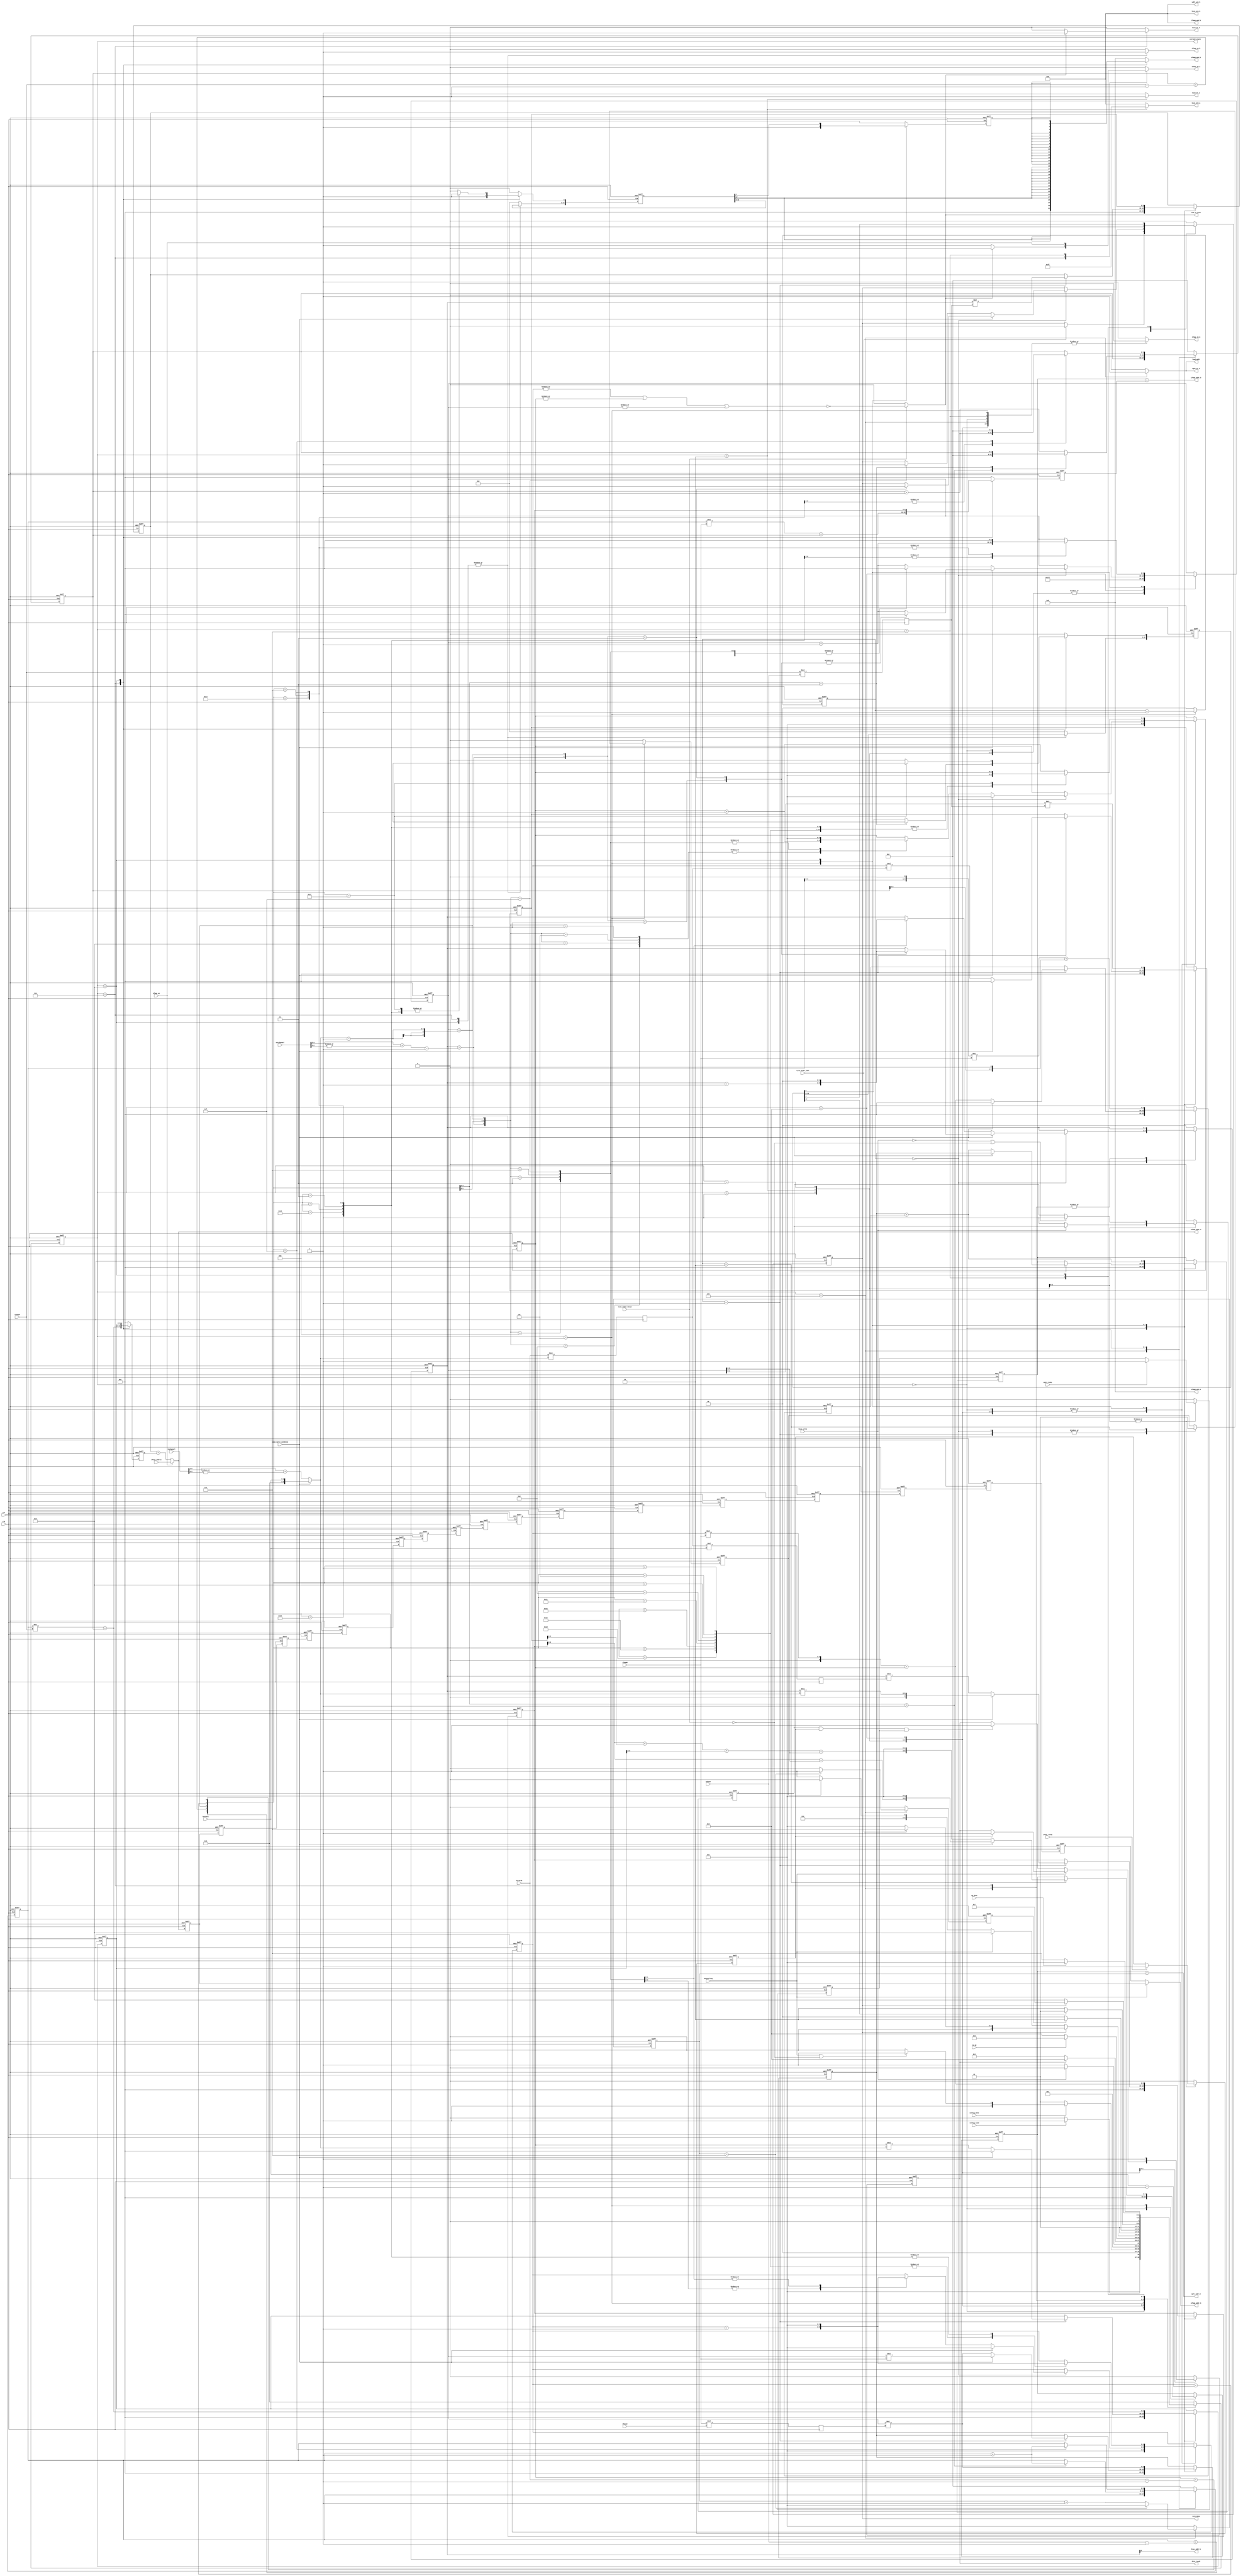
`timescale 1ns / 1ps
//////////////////////////////////////////////////////////////////////////////////
// Company: 
// Engineer: 
// 
// Design Name: 
// Module Name: main_ctrl
// Project Name: 
// Target Devices: 
// Tool Versions: 
// Description: 
// 
// Dependencies: 
// 
// Revision:
// Revision 0.01 - File Created
// Additional Comments:
// 
//////////////////////////////////////////////////////////////////////////////////


module main_ctrl(clk, rst, config_load, config_done, ifmap_ready, wght_ready, op_go, op_done, bias_write,
                 psum_split_condense, maxpooling, tile_order_first, tile_order_last,
                 ifmapR, ifmapC, ofmapR, ofmapC, kernelR, kernelC, inchannel, outchannel,
                 load_wght, data_ready, sum_in_bias, tile_done, current_state,
                 ofmap_en, ofmap_addrin,
                 ifmap_en_b, wght_en_b, ofmap_en_a, ofmap_en_b, bias_en_a, bias_en_b,
                 bias_addr_b, ifmap_addr_b, wght_addr_b, ofmap_addr_a, ofmap_addr_b,
                 ifmap_wen_b, wght_wen_b, ofmap_wen_a, ofmap_wen_b, bias_wen_a, bias_wen_b);

parameter wd=8;
parameter idle=4'd0, load_tile_config=4'd1, load_data_b=4'd2, load_data=4'd3, PE_shift_wght=4'd4, slice_check=4'd5, MAC_op=4'd6, offload_ofmap=4'd7, ready_go=4'd8, pooling=4'd9;


input clk,rst, config_load, config_done, ifmap_ready, wght_ready, op_go, op_done, bias_write;
// tile config
input psum_split_condense,maxpooling,tile_order_first,tile_order_last;
input [5:0] ifmapR,ifmapC,ofmapR,ofmapC;
input [2:0] kernelR,kernelC;
input [9:0] inchannel;
input [4:0] outchannel;

output load_wght,data_ready,sum_in_bias,tile_done;
reg load_wght,data_ready,tile_done;
output [3:0] current_state;
reg [3:0] current_state, next_state;

reg ifmap_loaded, wght_loaded, bias_loaded, wght_shift_done, check_done;
wire slice_done,ofmap_write;
reg [1:0] substate_slccheck;
reg [2:0] Kridx,Kcidx;
reg [5:0] Oridx,Ocidx;
reg [9:0] Psplitidx;
reg [1:0] Ochidx;
wire [9:0] n_psum_slices,npslccon,npslcinch;
wire [1:0] outchsplit;
wire [5:0] Orref,Ocref;
wire [2:0] Krref,Kcref;
wire [1:0] Ochref,ofmap_order_ovf;
wire [9:0] Psplitref;
wire [3:0] slice_order_ovf;
reg [9:0] slc_ifmap_addr_base,slc_ifmap_addr_mv,slc_iaddrb_ps,slc_iaddrb_kc;
wire [9:0] slc_ofmap_addr_sumin;
reg [9:0] slc_ofmap_addr_base,slc_ofmap_addr_mv;
reg [9:0] slc_wght_addr_base,slc_waddrb_out,slc_waddrb_kc,slc_waddrb_kr;
reg [2:0] slc_wght_addr_mv;

reg [9:0] i2dsize,krichsize,k2dichsize;
reg [9:0] o2dsize;

reg poolwrite;
wire [4:0] pool_order_ovf;

// BRAM ctrl & IO
input ofmap_en;
input [9:0] ofmap_addrin;
output ifmap_en_b,wght_en_b,ofmap_en_a,ofmap_en_b,bias_en_a,bias_en_b;
reg ifmap_en_b,wght_en_b,ofmap_en_a,ofmap_en_b,bias_en_a,bias_en_b;
output bias_addr_b;
output [9:0] ifmap_addr_b;
output [9:0] wght_addr_b;
output [9:0] ofmap_addr_a,ofmap_addr_b;
output [7:0] ifmap_wen_b,wght_wen_b,bias_wen_a,bias_wen_b;
reg [7:0] ifmap_wen_b,wght_wen_b,bias_wen_a,bias_wen_b;
output [15:0] ofmap_wen_a,ofmap_wen_b;
reg [15:0] ofmap_wen_a,ofmap_wen_b;

// ofmap buffer addr delay
reg [9:0] ofbufD0,ofbufD1,ofbufD2,ofbufD3,ofbufD4,ofbufD5,ofbufD6,ofbufD7,ofbufD8,ofbufD9,ofbufDa,ofbufDb,ofbufDc,ofbufDd,ofbufDe,ofbufDf,ofbufDg,ofbufDh;
reg [17:0] ofbufshift_wen,ofbufshift_done;

// tile config calculation
//                                                           ffffffffffffffff    iiii                      
//                                                          f::::::::::::::::f  i::::i                     
//                                                         f::::::::::::::::::f  iiii                      
//                                                         f::::::fffffff:::::f                            
//     cccccccccccccccc   ooooooooooo   nnnn  nnnnnnnn     f:::::f       ffffffiiiiiii    ggggggggg   ggggg
//   cc:::::::::::::::c oo:::::::::::oo n:::nn::::::::nn   f:::::f             i:::::i   g:::::::::ggg::::g
//  c:::::::::::::::::co:::::::::::::::on::::::::::::::nn f:::::::ffffff        i::::i  g:::::::::::::::::g
// c:::::::cccccc:::::co:::::ooooo:::::onn:::::::::::::::nf::::::::::::f        i::::i g::::::ggggg::::::gg
// c::::::c     ccccccco::::o     o::::o  n:::::nnnn:::::nf::::::::::::f        i::::i g:::::g     g:::::g 
// c:::::c             o::::o     o::::o  n::::n    n::::nf:::::::ffffff        i::::i g:::::g     g:::::g 
// c:::::c             o::::o     o::::o  n::::n    n::::n f:::::f              i::::i g:::::g     g:::::g 
// c::::::c     ccccccco::::o     o::::o  n::::n    n::::n f:::::f              i::::i g::::::g    g:::::g 
// c:::::::cccccc:::::co:::::ooooo:::::o  n::::n    n::::nf:::::::f            i::::::ig:::::::ggggg:::::g 
//  c:::::::::::::::::co:::::::::::::::o  n::::n    n::::nf:::::::f            i::::::i g::::::::::::::::g 
//   cc:::::::::::::::c oo:::::::::::oo   n::::n    n::::nf:::::::f            i::::::i  gg::::::::::::::g 
//     cccccccccccccccc   ooooooooooo     nnnnnn    nnnnnnfffffffff            iiiiiiii    gggggggg::::::g 
//                                                                                                 g:::::g 
//                                                                                     gggggg      g:::::g 
//                                                                                     g:::::gg   gg:::::g 
//                                                                                      g::::::ggg:::::::g 
//                                                                                       gg:::::::::::::g  
//                                                                                         ggg::::::ggg    
//                                                                                            gggggg       

assign npslccon={7'd0,kernelC};
assign npslcinch={3'd0, inchannel[9:3] + ( |inchannel[2:0] ) };
assign n_psum_slices=psum_split_condense ? npslccon : npslcinch;
assign outchsplit=outchannel[4:3] + ( |outchannel[2:0] );
assign Orref=ofmapR-1'b1;
assign Ocref=ofmapC-1'b1;
assign Krref=kernelR-1'b1;
assign Kcref=kernelC-1'b1;
assign Ochref=outchsplit-1'b1;
assign Psplitref=n_psum_slices-1'b1;
assign slice_order_ovf={Ochidx==Ochref, Kcidx==Kcref, Kridx==Krref, Psplitidx==Psplitref};
assign ofmap_order_ovf={Ocidx==Ocref, Oridx==Orref};
assign pool_order_ovf={ofmap_order_ovf,slice_order_ovf[0],slice_order_ovf[2:1]};

assign sum_in_bias = tile_order_first ? ~((|Kcidx) | (|Kridx) | (|Psplitidx)) : 1'b0;
assign ifmap_addr_b=slc_ifmap_addr_base+slc_ifmap_addr_mv;
assign wght_addr_b=slc_wght_addr_base+slc_wght_addr_mv;
assign bias_addr_b=Ochidx[0];
assign slc_ofmap_addr_sumin=slc_ofmap_addr_base+slc_ofmap_addr_mv;
assign ofmap_addr_a = ofmap_en ? ofmap_addrin : slc_ofmap_addr_sumin;
assign ofmap_addr_b = maxpooling ? ofbufD0 : ofbufDh;

assign ofmap_write=ofbufshift_wen[17];
assign slice_done=ofbufshift_done[17];

// address gen pipline
always @(posedge clk) 
begin
    o2dsize<=ofmapR*ofmapC;
    i2dsize<=ifmapR*ifmapC;
    krichsize<=kernelR*n_psum_slices;
    k2dichsize<=krichsize*kernelC;
end


// FFFFFFFFFFFFFFFFFFFFFF   SSSSSSSSSSSSSSS MMMMMMMM               MMMMMMMM
// F::::::::::::::::::::F SS:::::::::::::::SM:::::::M             M:::::::M
// F::::::::::::::::::::FS:::::SSSSSS::::::SM::::::::M           M::::::::M
// FF::::::FFFFFFFFF::::FS:::::S     SSSSSSSM:::::::::M         M:::::::::M
//   F:::::F       FFFFFFS:::::S            M::::::::::M       M::::::::::M
//   F:::::F             S:::::S            M:::::::::::M     M:::::::::::M
//   F::::::FFFFFFFFFF    S::::SSSS         M:::::::M::::M   M::::M:::::::M
//   F:::::::::::::::F     SS::::::SSSSS    M::::::M M::::M M::::M M::::::M
//   F:::::::::::::::F       SSS::::::::SS  M::::::M  M::::M::::M  M::::::M
//   F::::::FFFFFFFFFF          SSSSSS::::S M::::::M   M:::::::M   M::::::M
//   F:::::F                         S:::::SM::::::M    M:::::M    M::::::M
//   F:::::F                         S:::::SM::::::M     MMMMM     M::::::M
// FF:::::::FF           SSSSSSS     S:::::SM::::::M               M::::::M
// F::::::::FF           S::::::SSSSSS:::::SM::::::M               M::::::M
// F::::::::FF           S:::::::::::::::SS M::::::M               M::::::M
// FFFFFFFFFFF            SSSSSSSSSSSSSSS   MMMMMMMM               MMMMMMMM
                                                                        
always @(posedge clk or posedge rst) 
begin
    if (rst) 
        current_state <= idle; 
    else 
        current_state <= next_state; 
end

always @(current_state or config_load or config_done or bias_write or data_ready or op_go or tile_done or check_done or wght_shift_done or slice_done or op_done or maxpooling or tile_order_first or tile_order_last) 
begin
    case (current_state)
        idle: 
        begin
            if (config_load) 
                next_state=load_tile_config;
            else 
                next_state=idle;
        end
        load_tile_config:
        begin
            if (config_done) 
            begin
                if (maxpooling || !tile_order_first) 
                    next_state=load_data; 
                else
                    next_state=load_data_b; 
            end
            else 
                next_state=load_tile_config;
        end
        load_data_b:
        begin
            if (bias_write) 
                next_state=load_data_b;
            else 
                next_state=load_data;
        end
        load_data:
        begin
            if (data_ready) 
                next_state=ready_go;
            else 
                next_state=load_data;
        end
        ready_go:
        begin
            if (op_go) 
                next_state=slice_check;
            else
                next_state=ready_go;
        end
        slice_check:
        begin
            if (tile_done) begin
                if (tile_order_last)
                    next_state=offload_ofmap;
                else
                    next_state=idle;
            end else begin
                if (maxpooling) 
                    next_state=pooling;
                else 
                begin
                    if (check_done) 
                        next_state=PE_shift_wght;
                    else 
                        next_state=slice_check;
                end
            end
        end
        PE_shift_wght:
        begin
            if (wght_shift_done) 
                next_state=MAC_op;
            else 
                next_state=PE_shift_wght;
        end
        MAC_op:
        begin
            if (slice_done) 
                next_state=slice_check;
            else 
                next_state=MAC_op;
        end
        offload_ofmap:
        begin
            if (op_done) 
                next_state=idle;
            else 
                next_state=offload_ofmap;
        end
        pooling:
        begin
            if (tile_done) 
                next_state=offload_ofmap;
            else
                next_state=pooling;
        end
        default: 
            next_state=idle;
    endcase
end

// combinational output
//                                                             bbbbbbbb                                                                                                                                                  
//                                                             b::::::b              iiii                                             tttt            iiii                                                       lllllll 
//                                                             b::::::b             i::::i                                         ttt:::t           i::::i                                                      l:::::l 
//                                                             b::::::b              iiii                                          t:::::t            iiii                                                       l:::::l 
//                                                              b:::::b                                                            t:::::t                                                                       l:::::l 
//     cccccccccccccccc   ooooooooooo      mmmmmmm    mmmmmmm   b:::::bbbbbbbbb    iiiiiiinnnn  nnnnnnnn      aaaaaaaaaaaaa  ttttttt:::::ttttttt    iiiiiii    ooooooooooo   nnnn  nnnnnnnn      aaaaaaaaaaaaa    l::::l 
//   cc:::::::::::::::c oo:::::::::::oo  mm:::::::m  m:::::::mm b::::::::::::::bb  i:::::in:::nn::::::::nn    a::::::::::::a t:::::::::::::::::t    i:::::i  oo:::::::::::oo n:::nn::::::::nn    a::::::::::::a   l::::l 
//  c:::::::::::::::::co:::::::::::::::om::::::::::mm::::::::::mb::::::::::::::::b  i::::in::::::::::::::nn   aaaaaaaaa:::::at:::::::::::::::::t     i::::i o:::::::::::::::on::::::::::::::nn   aaaaaaaaa:::::a  l::::l 
// c:::::::cccccc:::::co:::::ooooo:::::om::::::::::::::::::::::mb:::::bbbbb:::::::b i::::inn:::::::::::::::n           a::::atttttt:::::::tttttt     i::::i o:::::ooooo:::::onn:::::::::::::::n           a::::a  l::::l 
// c::::::c     ccccccco::::o     o::::om:::::mmm::::::mmm:::::mb:::::b    b::::::b i::::i  n:::::nnnn:::::n    aaaaaaa:::::a      t:::::t           i::::i o::::o     o::::o  n:::::nnnn:::::n    aaaaaaa:::::a  l::::l 
// c:::::c             o::::o     o::::om::::m   m::::m   m::::mb:::::b     b:::::b i::::i  n::::n    n::::n  aa::::::::::::a      t:::::t           i::::i o::::o     o::::o  n::::n    n::::n  aa::::::::::::a  l::::l 
// c:::::c             o::::o     o::::om::::m   m::::m   m::::mb:::::b     b:::::b i::::i  n::::n    n::::n a::::aaaa::::::a      t:::::t           i::::i o::::o     o::::o  n::::n    n::::n a::::aaaa::::::a  l::::l 
// c::::::c     ccccccco::::o     o::::om::::m   m::::m   m::::mb:::::b     b:::::b i::::i  n::::n    n::::na::::a    a:::::a      t:::::t    tttttt i::::i o::::o     o::::o  n::::n    n::::na::::a    a:::::a  l::::l 
// c:::::::cccccc:::::co:::::ooooo:::::om::::m   m::::m   m::::mb:::::bbbbbb::::::bi::::::i n::::n    n::::na::::a    a:::::a      t::::::tttt:::::ti::::::io:::::ooooo:::::o  n::::n    n::::na::::a    a:::::a l::::::l
//  c:::::::::::::::::co:::::::::::::::om::::m   m::::m   m::::mb::::::::::::::::b i::::::i n::::n    n::::na:::::aaaa::::::a      tt::::::::::::::ti::::::io:::::::::::::::o  n::::n    n::::na:::::aaaa::::::a l::::::l
//   cc:::::::::::::::c oo:::::::::::oo m::::m   m::::m   m::::mb:::::::::::::::b  i::::::i n::::n    n::::n a::::::::::aa:::a       tt:::::::::::tti::::::i oo:::::::::::oo   n::::n    n::::n a::::::::::aa:::al::::::l
//     cccccccccccccccc   ooooooooooo   mmmmmm   mmmmmm   mmmmmmbbbbbbbbbbbbbbbb   iiiiiiii nnnnnn    nnnnnn  aaaaaaaaaa  aaaa         ttttttttttt  iiiiiiii   ooooooooooo     nnnnnn    nnnnnn  aaaaaaaaaa  aaaallllllll

always @(current_state or ofmap_write or sum_in_bias or ofmap_en or poolwrite) 
begin
    ifmap_wen_b={8{1'b0}};
    wght_wen_b={8{1'b0}};
    bias_wen_b={8{1'b0}};
    ofmap_wen_a={16{1'b0}};

    case (current_state)
        idle: 
        begin
            bias_en_a=1'b0;
            bias_wen_a={8{1'b0}};
            load_wght=1'b0;
            wght_en_b=1'b0;
            bias_en_b=1'b0;
            ifmap_en_b=1'b0;
            ofmap_en_a=1'b0;
            ofmap_en_b=1'b0;
            ofmap_wen_b={16{1'b0}};
        end
        load_tile_config:
        begin
            bias_en_a=1'b0;
            bias_wen_a={8{1'b0}};
            load_wght=1'b0;
            wght_en_b=1'b0;
            bias_en_b=1'b0;
            ifmap_en_b=1'b0;
            ofmap_en_a=1'b0;
            ofmap_en_b=1'b0;
            ofmap_wen_b={16{1'b0}};

        end
        load_data_b:
        begin
            load_wght=1'b0;
            wght_en_b=1'b0;
            bias_en_b=1'b0;
            ifmap_en_b=1'b0;
            ofmap_en_a=1'b0;
            ofmap_en_b=1'b0;
            ofmap_wen_b={16{1'b0}};
            bias_en_a=1'b1;
            bias_wen_a={8{1'b1}};
        end
        load_data:
        begin
            bias_en_a=1'b0;
            bias_wen_a={8{1'b0}};
            load_wght=1'b0;
            wght_en_b=1'b0;
            bias_en_b=1'b0;
            ifmap_en_b=1'b0;
            ofmap_en_a=1'b0;
            ofmap_en_b=1'b0;
            ofmap_wen_b={16{1'b0}};
        end
        ready_go:
        begin
            bias_en_a=1'b0;
            bias_wen_a={8{1'b0}};
            load_wght=1'b0;
            wght_en_b=1'b0;
            bias_en_b=1'b0;
            ifmap_en_b=1'b0;
            ofmap_en_a=1'b0;
            ofmap_en_b=1'b0;
            ofmap_wen_b={16{1'b0}};
        end
        slice_check:
        begin
            bias_en_a=1'b0;
            bias_wen_a={8{1'b0}};
            load_wght=1'b0;
            wght_en_b=1'b0;
            bias_en_b=1'b0;
            ifmap_en_b=1'b0;
            ofmap_en_a=1'b0;
            ofmap_en_b=1'b0;
            ofmap_wen_b={16{1'b0}};
        end
        PE_shift_wght:
        begin
            bias_en_a=1'b0;
            bias_wen_a={8{1'b0}};
            load_wght=1'b1;
            wght_en_b=1'b1;
            bias_en_b=1'b0;
            ifmap_en_b=1'b0;
            ofmap_en_a=1'b0;
            ofmap_en_b=1'b0;
            ofmap_wen_b={16{1'b0}};
        end
        MAC_op:
        begin
            bias_en_a=1'b0;
            bias_wen_a={8{1'b0}};
            load_wght=1'b0;
            wght_en_b=1'b0;
            ifmap_en_b=1'b1;
            ofmap_en_b=1'b1;
            ofmap_wen_b={16{ofmap_write}};
            if (sum_in_bias) 
            begin
                bias_en_b=1'b1;
                ofmap_en_a=1'b0;
            end 
            else 
            begin
                bias_en_b=1'b0;
                ofmap_en_a=1'b1;
            end
        end
        offload_ofmap:
        begin
            bias_en_a=1'b0;
            bias_wen_a={8{1'b0}};
            load_wght=1'b0;
            wght_en_b=1'b0;
            bias_en_b=1'b0;
            ifmap_en_b=1'b0;
            ofmap_en_a=ofmap_en;
            ofmap_en_b=1'b0;
            ofmap_wen_b={16{1'b0}};
        end
        pooling:
        begin
            bias_en_a=1'b0;
            bias_wen_a={8{1'b0}};
            load_wght=1'b0;
            wght_en_b=1'b0;
            bias_en_b=1'b0;
            ifmap_en_b=1'b1;
            ofmap_en_a=1'b0;
            ofmap_en_b=1'b1;
            ofmap_wen_b={16{poolwrite}};
        end
        default: 
        begin
            bias_en_a=1'b0;
            bias_wen_a={8{1'b0}};
            load_wght=1'b0;
            wght_en_b=1'b0;
            bias_en_b=1'b0;
            ifmap_en_b=1'b1;
            ofmap_en_a=1'b0;
            ofmap_en_b=1'b0;
            ofmap_wen_b={16{1'b0}};
        end
            
    endcase
end

// sequential output
//                                                                                                                           tttt            iiii                    lllllll 
//                                                                                                                        ttt:::t           i::::i                   l:::::l 
//                                                                                                                        t:::::t            iiii                    l:::::l 
//                                                                                                                        t:::::t                                    l:::::l 
//     ssssssssss       eeeeeeeeeeee       qqqqqqqqq   qqqqquuuuuu    uuuuuu      eeeeeeeeeeee    nnnn  nnnnnnnn    ttttttt:::::ttttttt    iiiiiii   aaaaaaaaaaaaa    l::::l 
//   ss::::::::::s    ee::::::::::::ee    q:::::::::qqq::::qu::::u    u::::u    ee::::::::::::ee  n:::nn::::::::nn  t:::::::::::::::::t    i:::::i   a::::::::::::a   l::::l 
// ss:::::::::::::s  e::::::eeeee:::::ee q:::::::::::::::::qu::::u    u::::u   e::::::eeeee:::::een::::::::::::::nn t:::::::::::::::::t     i::::i   aaaaaaaaa:::::a  l::::l 
// s::::::ssss:::::se::::::e     e:::::eq::::::qqqqq::::::qqu::::u    u::::u  e::::::e     e:::::enn:::::::::::::::ntttttt:::::::tttttt     i::::i            a::::a  l::::l 
//  s:::::s  ssssss e:::::::eeeee::::::eq:::::q     q:::::q u::::u    u::::u  e:::::::eeeee::::::e  n:::::nnnn:::::n      t:::::t           i::::i     aaaaaaa:::::a  l::::l 
//    s::::::s      e:::::::::::::::::e q:::::q     q:::::q u::::u    u::::u  e:::::::::::::::::e   n::::n    n::::n      t:::::t           i::::i   aa::::::::::::a  l::::l 
//       s::::::s   e::::::eeeeeeeeeee  q:::::q     q:::::q u::::u    u::::u  e::::::eeeeeeeeeee    n::::n    n::::n      t:::::t           i::::i  a::::aaaa::::::a  l::::l 
// ssssss   s:::::s e:::::::e           q::::::q    q:::::q u:::::uuuu:::::u  e:::::::e             n::::n    n::::n      t:::::t    tttttt i::::i a::::a    a:::::a  l::::l 
// s:::::ssss::::::se::::::::e          q:::::::qqqqq:::::q u:::::::::::::::uue::::::::e            n::::n    n::::n      t::::::tttt:::::ti::::::ia::::a    a:::::a l::::::l
// s::::::::::::::s  e::::::::eeeeeeee   q::::::::::::::::q  u:::::::::::::::u e::::::::eeeeeeee    n::::n    n::::n      tt::::::::::::::ti::::::ia:::::aaaa::::::a l::::::l
//  s:::::::::::ss    ee:::::::::::::e    qq::::::::::::::q   uu::::::::uu:::u  ee:::::::::::::e    n::::n    n::::n        tt:::::::::::tti::::::i a::::::::::aa:::al::::::l
//   sssssssssss        eeeeeeeeeeeeee      qqqqqqqq::::::q     uuuuuuuu  uuuu    eeeeeeeeeeeeee    nnnnnn    nnnnnn          ttttttttttt  iiiiiiii  aaaaaaaaaa  aaaallllllll
//                                                  q:::::q                                                                                                                  
//                                                  q:::::q                                                                                                                  
//                                                 q:::::::q                                                                                                                 
//                                                 q:::::::q                                                                                                                 
//                                                 q:::::::q                                                                                                                 
//                                                 qqqqqqqqq                                                                                                                 

always @(posedge clk or posedge rst) 
begin
    if (rst) 
    begin
        ifmap_loaded<=1'b0;
        wght_loaded<=1'b0;
        bias_loaded<=1'b0;
        data_ready<=1'b0;
        Kridx<=3'd0;
        Kcidx<=3'd0;
        Oridx<=5'd0;
        Ocidx<=5'd0;
        Psplitidx<=10'd0;
        Ochidx<=1'b0;
        tile_done<=1'b0;
        check_done<=1'b0;
        substate_slccheck<=2'd0;
        slc_iaddrb_ps<=10'd0;
        slc_iaddrb_kc<=10'd0;
        slc_waddrb_out<=10'd0;
        slc_waddrb_kc<=10'd0;
        slc_waddrb_kr<=10'd0;
        slc_ifmap_addr_base<=10'd0;
        slc_ofmap_addr_base<=10'd0;
        slc_wght_addr_base<=10'd0;
        slc_ifmap_addr_mv<=10'd0;
        slc_ofmap_addr_mv<=10'd0;
        slc_wght_addr_mv<=3'd0;
        wght_shift_done<=1'b0;
        ofbufshift_done<=18'd0;
        ofbufshift_wen<=18'd0;
        poolwrite<=1'b0;
    end 
    else 
    begin
    case (current_state)
        idle: 
        begin
            ifmap_loaded<=1'b0;
            wght_loaded<=1'b0;
            bias_loaded<=1'b0;
            data_ready<=1'b0;
            Kridx<=3'd0;
            Kcidx<=3'd0;
            Oridx<=5'd0;
            Ocidx<=5'd0;
            Psplitidx<=10'd0;
            Ochidx<=1'b0;
            if (tile_order_last) 
                tile_done<=1'b0;
            else
                tile_done<=tile_done;
            check_done<=1'b0;
            substate_slccheck<=2'd0;
            slc_iaddrb_ps<=10'd0;
            slc_iaddrb_kc<=10'd0;
            slc_waddrb_out<=10'd0;
            slc_waddrb_kc<=10'd0;
            slc_waddrb_kr<=10'd0;
            slc_ifmap_addr_base<=10'd0;
            slc_ofmap_addr_base<=10'd0;
            slc_wght_addr_base<=10'd0;
            slc_ifmap_addr_mv<=10'd0;
            slc_ofmap_addr_mv<=10'd0;
            slc_wght_addr_mv<=3'd0;
            wght_shift_done<=1'b0;
            ofbufshift_done<=18'd0;
            ofbufshift_wen<=18'd0;
            poolwrite<=1'b0;
        end
        load_tile_config:
        begin
            ifmap_loaded<=1'b0;
            wght_loaded<=1'b0;
            bias_loaded<=1'b0;
            data_ready<=1'b0;
            Kridx<=3'd0;
            Kcidx<=3'd0;
            Oridx<=5'd0;
            Ocidx<=5'd0;
            Psplitidx<=10'd0;
            Ochidx<=1'b0;
            tile_done<=1'b0;
            check_done<=1'b0;
            substate_slccheck<=2'd0;
            slc_iaddrb_ps<=slc_iaddrb_ps;
            slc_iaddrb_kc<=slc_iaddrb_kc;
            slc_waddrb_out<=slc_waddrb_out;
            slc_waddrb_kc<=slc_waddrb_kc;
            slc_waddrb_kr<=slc_waddrb_kr;
            slc_ifmap_addr_base<=slc_ifmap_addr_base;
            slc_ofmap_addr_base<=slc_ofmap_addr_base;
            slc_wght_addr_base<=slc_wght_addr_base;
            slc_ifmap_addr_mv<=10'd0;
            slc_ofmap_addr_mv<=10'd0;
            slc_wght_addr_mv<=3'd0;
            wght_shift_done<=1'b0;
            ofbufshift_done<=18'd0;
            ofbufshift_wen<=18'd0;
            poolwrite<=1'b0;
        end
        load_data_b:
        begin
            if (ifmap_ready) 
                ifmap_loaded<=1'b1;
            else 
                ifmap_loaded<=ifmap_loaded;
            if (wght_ready) 
                wght_loaded<=1'b1;
            else 
                wght_loaded<=wght_loaded;
            if (!bias_write) 
                bias_loaded<=1'b1;
            else 
                bias_loaded<=bias_loaded;
            data_ready<=1'b0;
            Kridx<=3'd0;
            Kcidx<=3'd0;
            Oridx<=5'd0;
            Ocidx<=5'd0;
            Psplitidx<=10'd0;
            Ochidx<=1'b0;
            tile_done<=1'b0;
            check_done<=1'b0;
            substate_slccheck<=2'd0;
            slc_iaddrb_ps<=slc_iaddrb_ps;
            slc_iaddrb_kc<=slc_iaddrb_kc;
            slc_waddrb_out<=slc_waddrb_out;
            slc_waddrb_kc<=slc_waddrb_kc;
            slc_waddrb_kr<=slc_waddrb_kr;
            slc_ifmap_addr_base<=slc_ifmap_addr_base;
            slc_ofmap_addr_base<=slc_ofmap_addr_base;
            slc_wght_addr_base<=slc_wght_addr_base;
            slc_ifmap_addr_mv<=10'd0;
            slc_ofmap_addr_mv<=10'd0;
            slc_wght_addr_mv<=3'd0;
            wght_shift_done<=1'b0;
            ofbufshift_done<=18'd0;
            ofbufshift_wen<=18'd0;
            poolwrite<=1'b0;
        end
        load_data:
        begin
            if (ifmap_ready) 
                ifmap_loaded<=1'b1;
            else 
                ifmap_loaded<=ifmap_loaded;
            if (wght_ready) 
                wght_loaded<=1'b1;
            else 
                wght_loaded<=wght_loaded;
            if (!bias_write || !tile_order_first) 
                bias_loaded<=1'b1;
            else 
                bias_loaded<=bias_loaded;

            if (maxpooling) begin
                if (ifmap_loaded)
                    data_ready<=1'b1;
                else
                    data_ready<=data_ready;
            end else begin
                if (bias_loaded && ifmap_loaded && wght_loaded)
                    data_ready<=1'b1;
                else
                    data_ready<=data_ready;
            end
            
            Kridx<=3'd0;
            Kcidx<=3'd0;
            Oridx<=5'd0;
            Ocidx<=5'd0;
            Psplitidx<=10'd0;
            Ochidx<=1'b0;
            tile_done<=1'b0;
            check_done<=1'b0;
            substate_slccheck<=2'd0;
            slc_iaddrb_ps<=slc_iaddrb_ps;
            slc_iaddrb_kc<=slc_iaddrb_kc;
            slc_waddrb_out<=slc_waddrb_out;
            slc_waddrb_kc<=slc_waddrb_kc;
            slc_waddrb_kr<=slc_waddrb_kr;
            slc_ifmap_addr_base<=slc_ifmap_addr_base;
            slc_ofmap_addr_base<=slc_ofmap_addr_base;
            slc_wght_addr_base<=slc_wght_addr_base;
            slc_ifmap_addr_mv<=10'd0;
            slc_ofmap_addr_mv<=10'd0;
            slc_wght_addr_mv<=3'd0;
            wght_shift_done<=1'b0;
            ofbufshift_done<=18'd0;
            ofbufshift_wen<=18'd0;
            poolwrite<=1'b0;
        end
        ready_go:
        begin
            ifmap_loaded<=1'b0;
            wght_loaded<=1'b0;
            bias_loaded<=1'b0;
            data_ready<=1'b1;
            Kridx<=3'd0;
            Kcidx<=3'd0;
            Oridx<=5'd0;
            Ocidx<=5'd0;
            Ochidx<=1'b0;
            Psplitidx<=-10'd1;
            tile_done<=1'b0;
            check_done<=1'b0;
            substate_slccheck<=2'd0;
            slc_iaddrb_ps<=slc_iaddrb_ps;
            slc_iaddrb_kc<=slc_iaddrb_kc;
            slc_waddrb_out<=slc_waddrb_out;
            slc_waddrb_kc<=slc_waddrb_kc;
            slc_waddrb_kr<=slc_waddrb_kr;
            slc_ifmap_addr_base<=slc_ifmap_addr_base;
            slc_ofmap_addr_base<=slc_ofmap_addr_base;
            slc_wght_addr_base<=slc_wght_addr_base;
            slc_ifmap_addr_mv<=10'd0;
            slc_ofmap_addr_mv<=10'd0;
            slc_wght_addr_mv<=3'd0;
            wght_shift_done<=1'b0;
            ofbufshift_done<=18'd0;
            ofbufshift_wen<=18'd0;
            poolwrite<=1'b0;
        end
        slice_check:
        begin
            ifmap_loaded<=1'b0;
            wght_loaded<=1'b0;
            bias_loaded<=1'b0;
            data_ready<=1'b0;
            Oridx<=5'd0;
            Ocidx<=5'd0;
            slc_ifmap_addr_mv<=10'd0;
            slc_ofmap_addr_mv<=10'd0;
            slc_wght_addr_mv<=3'd0;
            wght_shift_done<=1'b0;
            ofbufshift_done<=18'd0;
            ofbufshift_wen<=18'd0;
            poolwrite<=1'b1;

            substate_slccheck<=substate_slccheck+1'b1;

            case (substate_slccheck)
                2'd0: 
                begin
                    check_done<=1'b0;

                    slc_ifmap_addr_base<=slc_ifmap_addr_base;
                    slc_ofmap_addr_base<=slc_ofmap_addr_base;
                    slc_wght_addr_base<=slc_wght_addr_base;
                    slc_iaddrb_ps<=slc_iaddrb_ps;
                    slc_iaddrb_kc<=slc_iaddrb_kc;
                    slc_waddrb_out<=slc_waddrb_out;
                    slc_waddrb_kc<=slc_waddrb_kc;
                    slc_waddrb_kr<=slc_waddrb_kr;


                    if (psum_split_condense) 
                    begin
                        Kcidx<=3'd0;
                        Kridx<=3'd0;
                        case ({slice_order_ovf[3],slice_order_ovf[0]})
                            2'b01: 
                            begin
                                tile_done<=tile_done;
                                Ochidx<=Ochidx+1'b1; 
                                Psplitidx<=10'd0;
                            end
                            2'b11: 
                            begin
                                tile_done<=1'b1;
                                Ochidx<=2'd0; 
                                Psplitidx<=10'd0;
                            end
                            default: 
                            begin
                                tile_done<=tile_done;
                                Ochidx<=Ochidx; 
                                Psplitidx<=Psplitidx+1'b1;
                            end
                        endcase
                    end 
                    else // !psum_split_condense
                    begin
                        case (slice_order_ovf)
                            4'b0001,4'b0101,4'b1001,4'b1101: 
                            begin
                                tile_done<=tile_done;
                                Ochidx<=Ochidx; 
                                Kcidx<=Kcidx;
                                Kridx<=Kridx+1'b1;
                                Psplitidx<=10'd0;
                            end
                            4'b0011,4'b1011: 
                            begin
                                tile_done<=tile_done;
                                Ochidx<=Ochidx; 
                                Kcidx<=Kcidx+1'b1;
                                Kridx<=3'd0;
                                Psplitidx<=10'd0;
                            end
                            4'b0111: 
                            begin
                                tile_done<=tile_done;
                                Ochidx<=Ochidx+1'b1; 
                                Kcidx<=3'd0;
                                Kridx<=3'd0;
                                Psplitidx<=10'd0;
                            end
                            4'b1111: 
                            begin
                                tile_done<=1'b1;
                                Ochidx<=2'd0; 
                                Kcidx<=3'd0;
                                Kridx<=3'd0;
                                Psplitidx<=10'd0;
                            end
                            default: 
                            begin
                                tile_done<=tile_done;
                                Ochidx<=Ochidx; 
                                Kcidx<=Kcidx;
                                Kridx<=Kridx;
                                Psplitidx<=Psplitidx+1'b1;
                            end
                        endcase
                    end
                end
                2'd1: // substate_slccheck
                begin
                    check_done<=1'b0;

                    tile_done<=tile_done;
                    Ochidx<=Ochidx; 
                    Kcidx<=Kcidx;
                    Kridx<=Kridx;
                    Psplitidx<=Psplitidx;

                    slc_ofmap_addr_base<=Ochidx*o2dsize;
                    slc_ifmap_addr_base<=slc_ifmap_addr_base;
                    slc_wght_addr_base<=slc_wght_addr_base;

                    if (psum_split_condense) 
                    begin
                        slc_iaddrb_ps<=Psplitidx*ifmapR;
                        slc_iaddrb_kc<=10'd0;
                        slc_waddrb_out<=Ochidx*n_psum_slices; 
                        slc_waddrb_kc<=10'd0;
                        slc_waddrb_kr<=10'd0; 
                    end 
                    else 
                    begin
                        slc_iaddrb_ps<=Psplitidx*i2dsize;
                        slc_iaddrb_kc<=Kcidx*ifmapR+Kridx;
                        slc_waddrb_out<=Ochidx*k2dichsize;
                        slc_waddrb_kc<=Kcidx*krichsize;
                        slc_waddrb_kr<=Kridx*n_psum_slices; 
                        
                    end
                end
                2'd2: // substate_slccheck
                begin
                    check_done<=1'b1;

                    tile_done<=tile_done;
                    Ochidx<=Ochidx; 
                    Kcidx<=Kcidx;
                    Kridx<=Kridx;
                    Psplitidx<=Psplitidx;

                    slc_ofmap_addr_base<=slc_ofmap_addr_base;
                    slc_iaddrb_ps<=slc_iaddrb_ps;
                    slc_iaddrb_kc<=slc_iaddrb_kc;
                    slc_waddrb_out<=slc_waddrb_out;
                    slc_waddrb_kc<=slc_waddrb_kc;
                    slc_waddrb_kr<=slc_waddrb_kr;

                    if (psum_split_condense) 
                    begin
                        slc_ifmap_addr_base<=slc_iaddrb_ps;
                        slc_wght_addr_base<=(slc_waddrb_out+Psplitidx)<<3; 
                    end 
                    else 
                    begin
                        slc_ifmap_addr_base<=slc_iaddrb_kc+slc_iaddrb_ps;
                        slc_wght_addr_base<=(slc_waddrb_out+slc_waddrb_kc+slc_waddrb_kr+Psplitidx)<<3; 
                    end
                end
                default: 
                begin
                    check_done<=check_done;
                    tile_done<=tile_done;
                    Ochidx<=Ochidx; 
                    Kcidx<=Kcidx;
                    Kridx<=Kridx;
                    Psplitidx<=Psplitidx;
                    slc_ofmap_addr_base<=slc_ofmap_addr_base;
                    slc_ifmap_addr_base<=slc_ifmap_addr_base;
                    slc_wght_addr_base<=slc_wght_addr_base;
                    slc_iaddrb_ps<=slc_iaddrb_ps;
                    slc_iaddrb_kc<=slc_iaddrb_kc;
                    slc_waddrb_out<=slc_waddrb_out;
                    slc_waddrb_kc<=slc_waddrb_kc;
                    slc_waddrb_kr<=slc_waddrb_kr;
                end
            endcase
        end
        PE_shift_wght:
        begin
            ifmap_loaded<=1'b0;
            wght_loaded<=1'b0;
            bias_loaded<=1'b0;
            data_ready<=1'b0;
            Kridx<=Kridx;
            Kcidx<=Kcidx;
            Oridx<=Oridx;
            Ocidx<=Ocidx;
            Psplitidx<=Psplitidx;
            Ochidx<=Ochidx;
            tile_done<=1'b0;
            check_done<=1'b0;
            substate_slccheck<=2'd0;
            ofbufshift_done<=18'd0;
            ofbufshift_wen<=18'd0;
            slc_iaddrb_ps<=slc_iaddrb_ps;
            slc_iaddrb_kc<=slc_iaddrb_kc;
            slc_waddrb_out<=slc_waddrb_out;
            slc_waddrb_kc<=slc_waddrb_kc;
            slc_waddrb_kr<=slc_waddrb_kr;
            slc_ifmap_addr_base<=slc_ifmap_addr_base;
            slc_ofmap_addr_base<=slc_ofmap_addr_base;
            slc_wght_addr_base<=slc_wght_addr_base;
            slc_ifmap_addr_mv<=10'd0;
            slc_ofmap_addr_mv<=10'd0;
            poolwrite<=1'b0;
            
            if (slc_wght_addr_mv==3'd7) 
            begin
                slc_wght_addr_mv<=3'd0;
                wght_shift_done<=1'b1;
            end 
            else 
            begin
                slc_wght_addr_mv<=slc_wght_addr_mv+1'b1;
                wght_shift_done<=1'b0;
            end
        end
        MAC_op:
        begin
            ifmap_loaded<=1'b0;
            wght_loaded<=1'b0;
            bias_loaded<=1'b0;
            data_ready<=1'b0;
            Kridx<=Kridx;
            Kcidx<=Kcidx;
            Psplitidx<=Psplitidx;
            Ochidx<=Ochidx;
            tile_done<=1'b0;
            check_done<=1'b0;
            substate_slccheck<=2'd0;
            slc_iaddrb_ps<=slc_iaddrb_ps;
            slc_iaddrb_kc<=slc_iaddrb_kc;
            slc_waddrb_out<=slc_waddrb_out;
            slc_waddrb_kc<=slc_waddrb_kc;
            slc_waddrb_kr<=slc_waddrb_kr;
            slc_ifmap_addr_base<=slc_ifmap_addr_base;
            slc_ofmap_addr_base<=slc_ofmap_addr_base;
            slc_wght_addr_base<=slc_wght_addr_base;
            slc_wght_addr_mv<=3'd0;
            wght_shift_done<=1'b0;
            poolwrite<=1'b0;

            ofbufshift_done<=ofbufshift_done<<1;
            ofbufshift_wen<=ofbufshift_wen<<1;
            ofbufshift_wen[0]<=1'b1;

            case (ofmap_order_ovf)
                2'b01: 
                begin
                    ofbufshift_done[0]<=ofbufshift_done[0];
                    Ocidx<=Ocidx+1'b1;
                    Oridx<=5'd0;
                end
                2'b11:
                begin
                    ofbufshift_done[0]<=1'b1;
                    Ocidx<=Ocidx;
                    Oridx<=Oridx;
                end
                default: 
                begin
                    ofbufshift_done[0]<=ofbufshift_done[0];
                    Ocidx<=Ocidx;
                    Oridx<=Oridx+1'b1;
                end
            endcase

            slc_ifmap_addr_mv<=Ocidx*ifmapR+Oridx;
            slc_ofmap_addr_mv<=Ocidx*ofmapR+Oridx;


        end
        offload_ofmap:
        begin
            ifmap_loaded<=1'b0;
            wght_loaded<=1'b0;
            bias_loaded<=1'b0;
            data_ready<=1'b0;
            Kridx<=Kridx;
            Kcidx<=Kcidx;
            Psplitidx<=Psplitidx;
            tile_done<=1'b1;
            check_done<=1'b0;
            substate_slccheck<=2'd0;
            slc_iaddrb_ps<=slc_iaddrb_ps;
            slc_iaddrb_kc<=slc_iaddrb_kc;
            slc_waddrb_out<=slc_waddrb_out;
            slc_waddrb_kc<=slc_waddrb_kc;
            slc_waddrb_kr<=slc_waddrb_kr;
            slc_ifmap_addr_base<=slc_ifmap_addr_base;
            slc_ofmap_addr_base<=slc_ofmap_addr_base;
            slc_wght_addr_base<=slc_wght_addr_base;
            slc_ifmap_addr_mv<=10'd0;
            slc_wght_addr_mv<=3'd0;
            slc_ofmap_addr_mv<=10'd0;
            wght_shift_done<=1'b0;
            ofbufshift_done<=18'd0;
            ofbufshift_wen<=18'd0;
            Ochidx<=2'd0;
            Ocidx<=5'd0;
            Oridx<=5'd0;
            poolwrite<=1'b0;
        end
        pooling:
        begin
            ifmap_loaded<=1'b0;
            wght_loaded<=1'b0;
            bias_loaded<=1'b0;
            data_ready<=1'b0;
            check_done<=1'b0;
            substate_slccheck<=2'd0;
            slc_wght_addr_base<=slc_wght_addr_base;
            slc_wght_addr_mv<=3'd0;
            wght_shift_done<=1'b0;
            Ochidx<=2'd0;

            ofbufshift_done<=ofbufshift_done<<1;
            ofbufshift_wen<=ofbufshift_wen<<1;
            tile_done<=ofbufshift_done[1];
            poolwrite<=ofbufshift_wen[1];

            case (pool_order_ovf)
                5'b00001,5'b00101,5'b01001,5'b01101,5'b10001,5'b10101,5'b11001,5'b11101: 
                begin
                    Ocidx<=Ocidx;
                    Oridx<=Oridx;
                    Psplitidx<=Psplitidx;
                    Kcidx<=Kcidx+1'b1;
                    Kridx<=3'd0;
                    ofbufshift_done[0]<=1'b0;
                    ofbufshift_wen[0]<=1'b0;
                end
                5'b00011,5'b01011,5'b10011,5'b11011:
                begin
                    Ocidx<=Ocidx;
                    Oridx<=Oridx;
                    Psplitidx<=Psplitidx+1'b1;
                    Kcidx<=3'd0;
                    Kridx<=3'd0;
                    ofbufshift_done[0]<=1'b0;
                    ofbufshift_wen[0]<=1'b1;
                end
                5'b00111,5'b10111: 
                begin
                    Ocidx<=Ocidx;
                    Oridx<=Oridx+1'b1;
                    Psplitidx<=10'd0;
                    Kcidx<=3'd0;
                    Kridx<=3'd0;
                    ofbufshift_done[0]<=1'b0;
                    ofbufshift_wen[0]<=1'b1;
                end
                5'b01111: 
                begin
                    Ocidx<=Ocidx+1'b1;
                    Oridx<=5'd0;
                    Psplitidx<=10'd0;
                    Kcidx<=3'd0;
                    Kridx<=3'd0;
                    ofbufshift_done[0]<=1'b0;
                    ofbufshift_wen[0]<=1'b1;
                end
                5'b11111: 
                begin
                    Ocidx<=Ocidx;
                    Oridx<=Oridx;
                    Psplitidx<=Psplitidx;
                    Kcidx<=Kcidx;
                    Kridx<=Kridx;
                    ofbufshift_done[0]<=1'b1;
                    ofbufshift_wen[0]<=1'b1;
                end
                default: 
                begin
                    Ocidx<=Ocidx;
                    Oridx<=Oridx;
                    Psplitidx<=Psplitidx;
                    Kcidx<=Kcidx;
                    Kridx<=Kridx+1'b1;
                    ofbufshift_done[0]<=1'b0;
                    ofbufshift_wen[0]<=1'b0;
                end
            endcase

            // wegiht temporal reg borrowed
            slc_iaddrb_ps<=Psplitidx*i2dsize;
            slc_iaddrb_kc<={Ocidx[3:0],1'b0}*ifmapR+{Oridx[3:0],1'b0};
            slc_ifmap_addr_base<=slc_iaddrb_ps+slc_iaddrb_kc;

            slc_waddrb_out<=Kcidx*ifmapR+Kridx; // tmp slc_ifmap_addr_mv
            slc_waddrb_kc<=Psplitidx[1:0]*o2dsize; // tmp slc_ofmap_addr_base
            slc_waddrb_kr<=Ocidx*ofmapR+Oridx; // tmp slc_ofmap_addr_mv

            slc_ifmap_addr_mv<=slc_waddrb_out;
            slc_ofmap_addr_base<=slc_waddrb_kc;
            slc_ofmap_addr_mv<=slc_waddrb_kr;

        end
        default: 
        begin
            ifmap_loaded<=1'b0;
            wght_loaded<=1'b0;
            bias_loaded<=1'b0;
            data_ready<=1'b0;
            Kridx<=Kridx;
            Kcidx<=Kcidx;
            Psplitidx<=Psplitidx;
            tile_done<=1'b0;
            check_done<=1'b0;
            substate_slccheck<=2'd0;
            slc_iaddrb_ps<=slc_iaddrb_ps;
            slc_iaddrb_kc<=slc_iaddrb_kc;
            slc_waddrb_out<=slc_waddrb_out;
            slc_waddrb_kc<=slc_waddrb_kc;
            slc_waddrb_kr<=slc_waddrb_kr;
            slc_ifmap_addr_base<=slc_ifmap_addr_base;
            slc_ofmap_addr_base<=slc_ofmap_addr_base;
            slc_wght_addr_base<=slc_wght_addr_base;
            slc_ifmap_addr_mv<=10'd0;
            slc_wght_addr_mv<=3'd0;
            slc_ofmap_addr_mv<=10'd0;
            wght_shift_done<=1'b0;
            ofbufshift_done<=18'd0;
            ofbufshift_wen<=18'd0;
            Ochidx<=2'd0;
            Ocidx<=5'd0;
            Oridx<=5'd0;
            poolwrite<=1'b0;
        end        
    endcase
    end
end


// shift reg ofmap write add
always @(posedge clk or posedge rst) 
begin
    if (rst) 
    begin
        ofbufD0<=10'd0;
        ofbufD1<=10'd0;
        ofbufD2<=10'd0;
        ofbufD3<=10'd0;
        ofbufD4<=10'd0;
        ofbufD5<=10'd0;
        ofbufD6<=10'd0;
        ofbufD7<=10'd0;
        ofbufD8<=10'd0;
        ofbufD9<=10'd0;
        ofbufDa<=10'd0;
        ofbufDb<=10'd0;
        ofbufDc<=10'd0;
        ofbufDe<=10'd0;
        ofbufDf<=10'd0;
        ofbufDg<=10'd0;
        ofbufDh<=10'd0;
    end 
    else 
    begin
        ofbufD0<=ofmap_addr_a;
        ofbufD1<=ofbufD0;
        ofbufD2<=ofbufD1;
        ofbufD3<=ofbufD2;
        ofbufD4<=ofbufD3;
        ofbufD5<=ofbufD4;
        ofbufD6<=ofbufD5;
        ofbufD7<=ofbufD6;
        ofbufD8<=ofbufD7;
        ofbufD9<=ofbufD8;
        ofbufDa<=ofbufD9;
        ofbufDb<=ofbufDa;
        ofbufDc<=ofbufDb;
        ofbufDe<=ofbufDc;
        ofbufDf<=ofbufDe;
        ofbufDg<=ofbufDf;
        ofbufDh<=ofbufDg;
    end
end

endmodule